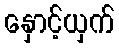
နှောင့်ယှက်